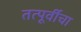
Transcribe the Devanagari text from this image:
तत्पूर्वीचा